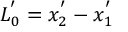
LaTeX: L _ { 0 } ^ { ' } = x _ { 2 } ^ { ' } - x _ { 1 } ^ { ' }